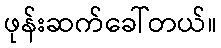
ဖုန်းဆက်ခေါ်တယ်။